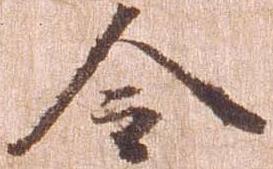
令